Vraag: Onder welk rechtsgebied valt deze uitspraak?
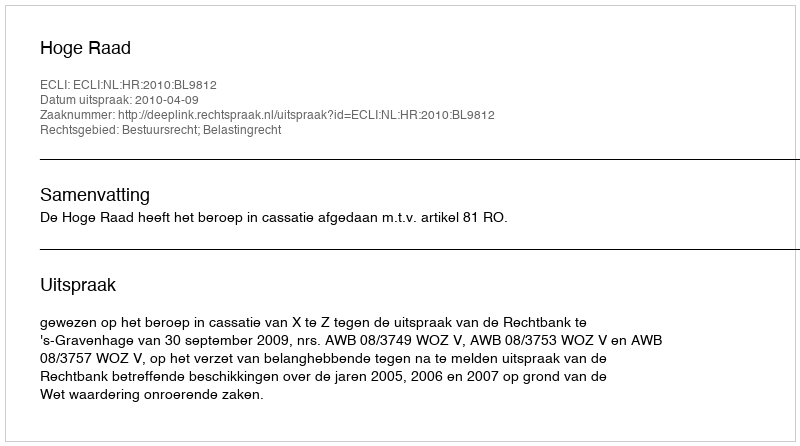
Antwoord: Bestuursrecht; Belastingrecht